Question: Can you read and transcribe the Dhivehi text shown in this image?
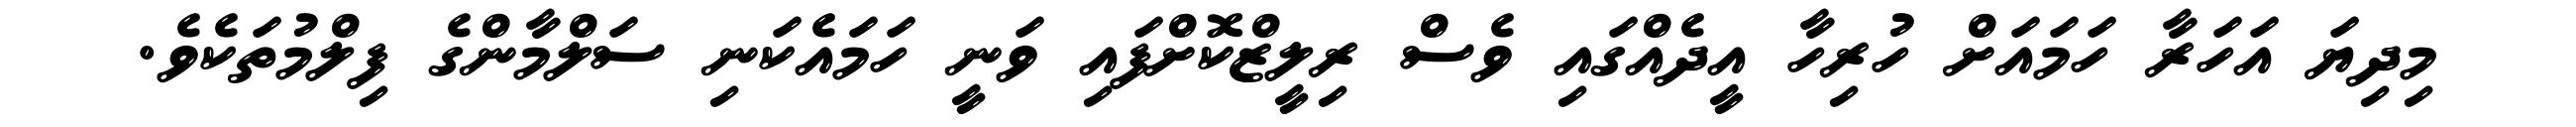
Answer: މިދިޔަ އަހަރާ ހަމައަށް ހުރިހާ އީދެއްގައި ވެސް ރިލީޒްކޮށްފައި ވަނީ ހަމައެކަނި ސަލްމާންގެ ފިލްމުތަކެވެ.